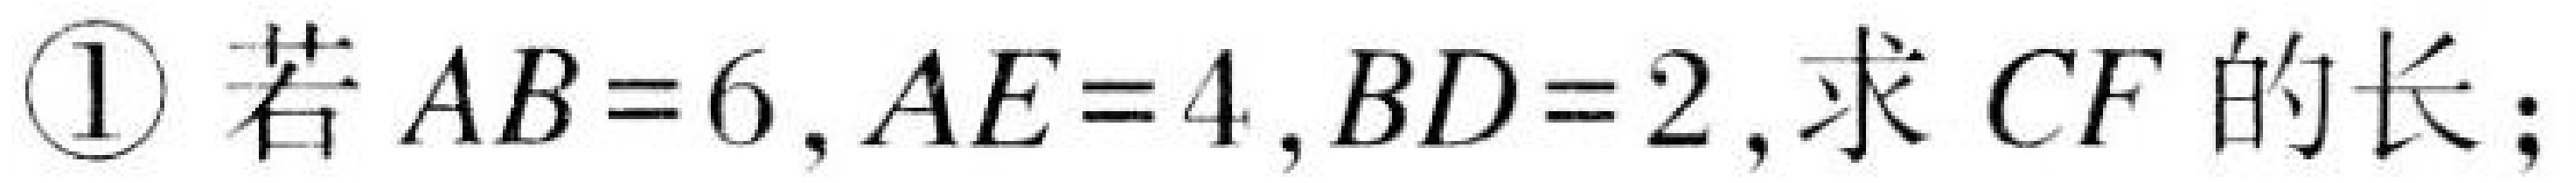
\textcircled{1} 若 \(AB = 6\)，\(AE = 4\)，\(BD = 2\)，求 \(CF\) 的长；